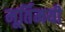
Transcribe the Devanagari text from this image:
मूर्तिमयी